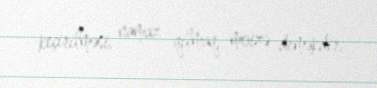
keçirilməsi, namaz qılmaq, moizə deməkdir.